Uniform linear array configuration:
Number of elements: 16
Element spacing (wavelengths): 0.25
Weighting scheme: uniform
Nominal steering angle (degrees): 45
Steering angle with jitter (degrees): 44.633
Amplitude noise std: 0.05
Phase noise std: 0.05

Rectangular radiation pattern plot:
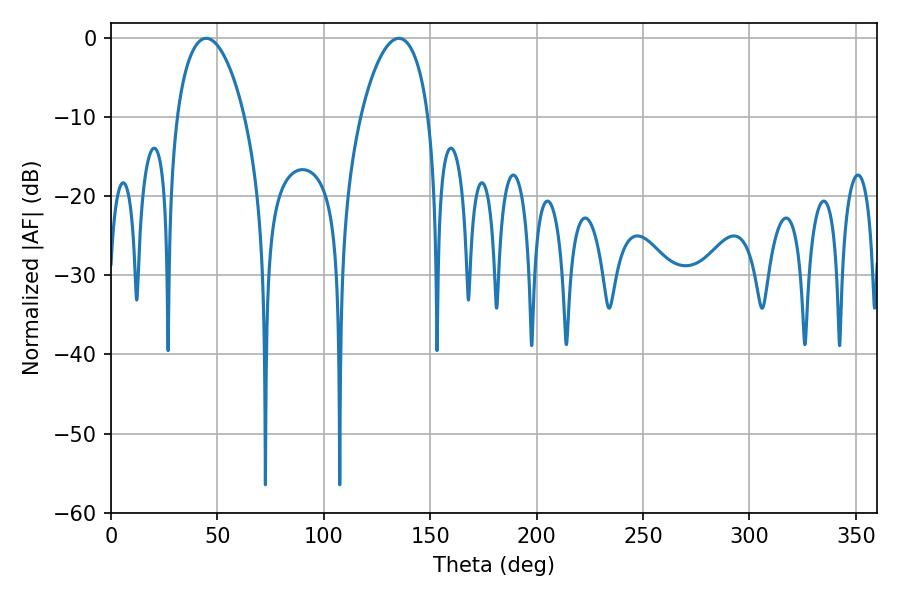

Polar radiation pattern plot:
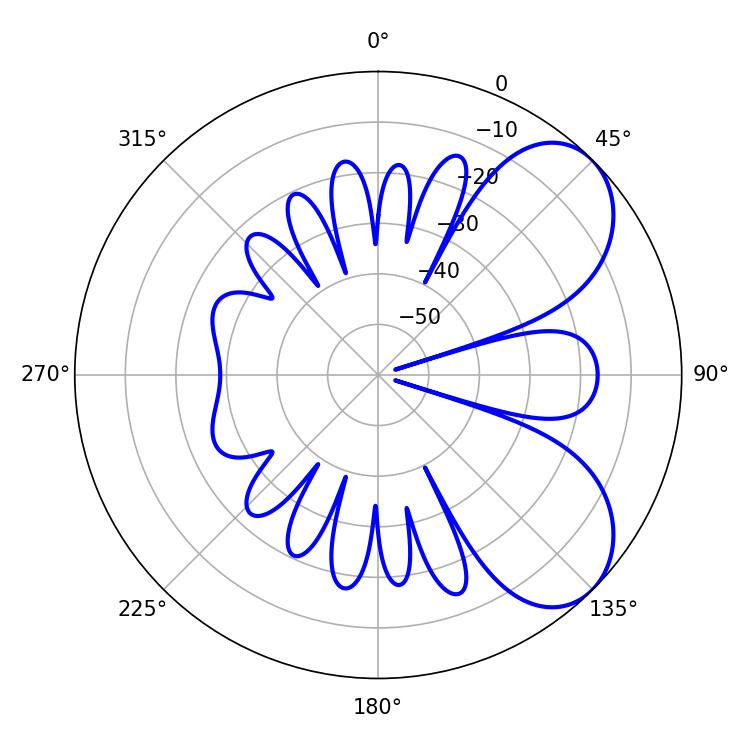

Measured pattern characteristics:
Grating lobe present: FALSE
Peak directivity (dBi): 6.227
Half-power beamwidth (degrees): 18.18
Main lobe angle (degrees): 44.82